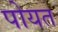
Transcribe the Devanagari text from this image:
पोयत